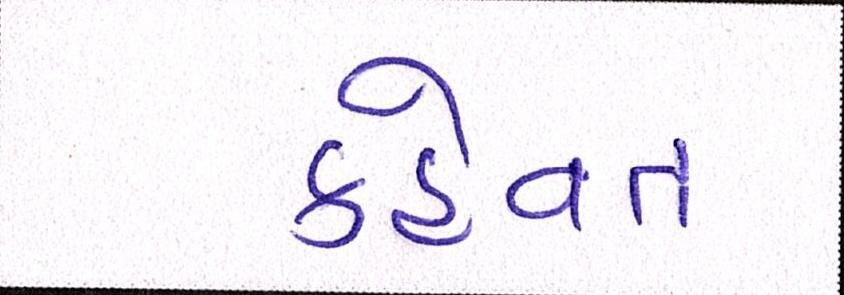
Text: કહેવત